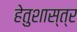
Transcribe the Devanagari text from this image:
हेतुशास्त्र